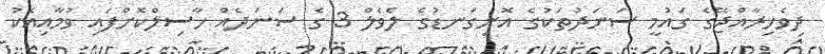
ދިވެހިރާއްޖޭގެ ގައުމީ ސަނަދުތަކުގެ އޮނިގަނޑުގެ ލެވެލް 3 ގެ ސަނަދެއް ހާސިލްކޮށްފައި ވުމާއިއެކު